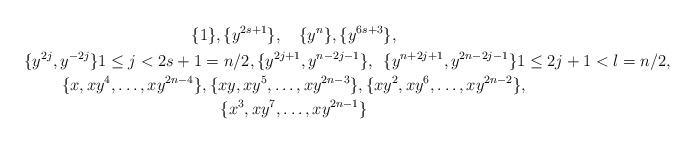
LaTeX: \begin{gather*} \{1\},\{y^{2s+1}\}, \quad\{y^n\},\{y^{6s+3}\}, \\ \{y^{2j},y^{-2j}\} 1\leq j<2s+1=n/2, \{y^{2j+1},y^{n-2j-1}\},\enspace \{y^{n+2j+1},y^{2n-2j-1}\} 1\leq 2j+1< l=n/2, \\ \{x,xy^4,\dots ,xy^{2n-4}\}, \{xy,xy^5,\dots ,xy^{2n-3}\}, \{xy^2,xy^6,\dots ,xy^{2n-2}\}, \\ \{x^3,xy^7,\dots ,xy^{2n-1}\} \end{gather*}